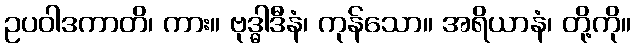
ဥပဝါဒကာတိ၊ ကား။ ဗုဒ္ဓါဒီနံ၊ ကုန်သော။ အရိယာနံ၊ တို့ကို။